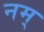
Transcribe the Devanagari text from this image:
नम्‌